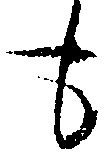
も